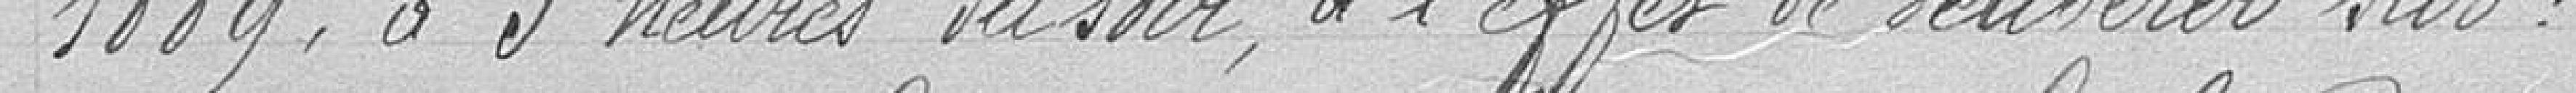
1889, à 5 heures du soir, à l'effet de délibérer sur